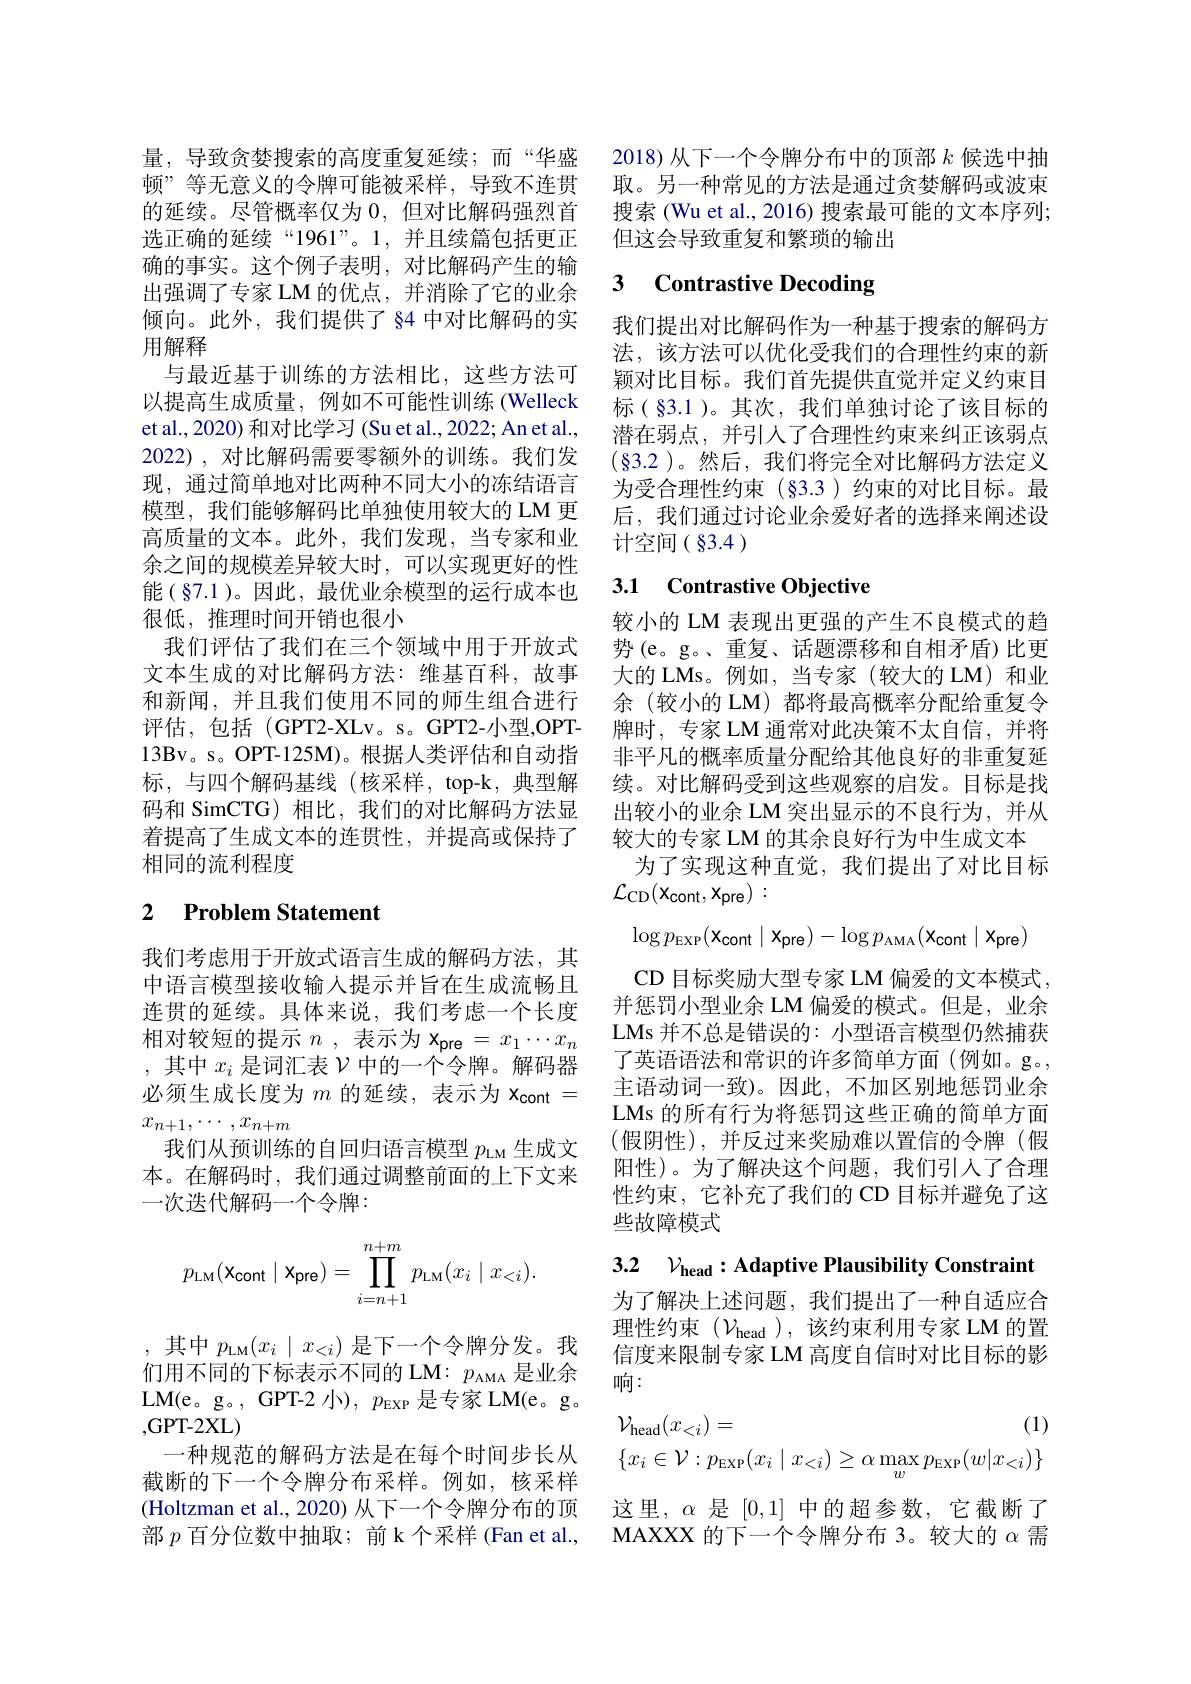
选正确的延续“1961”。1,并且续篇包括更正确的事实。这个例子表明，对比解码产生的输出强调了专家 LM 的优点，并消除了它的业余倾向。此外，我们提供了 84 中对比解码的实用解释
与最近基于训练的方法相比，这些方法可以提高生成质量，例如不可能性训练 (Welleck et al., 2020) 和对比学习 (Su et al., 2022; An et al., 2022),对比解码需要零额外的训练。我们发现，通过简单地对比两种不同大小的冻结语言模型，我们能够解码比单独使用较大的 LM 更高质量的文本。此外，我们发现，当专家和业余之间的规模差异较大时，可以实现更好的性能(§7.1)。因此，最优业余模型的运行成本也很低，推理时间开销也很小
我们评估了我们在三个领域中用于开放式文本生成的对比解码方法：维基百科，故事和新闻，并且我们使用不同的师生组合进行评估，包括(GPT2-XLv。s。GPT2-小型，OPT- 13Bv。s。OPT-125M)。根据人类评估和自动指标，与四个解码基线(核采样，top-k,典型解码和 SimCTG)相比，我们的对比解码方法显着提高了生成文本的连贯性，并提高或保持了相同的流利程度

# 2 Problem Statement

我们考虑用于开放式语言生成的解码方法，其中语言模型接收输入提示并旨在生成流畅且连贯的延续。具体来说，我们考虑一个长度相对较短的提示$n$ ,表示为$x_\mathrm{pre}=x_1\cdots x_n$ ,其中$x_i$是词汇表$\mathcal{V}$中的一个令牌。解码器必须生成长度为$m$的延续，表示为$x_\mathrm{cont}=$ $x_{n+1},\cdots,x_{n+m}$
我们从预训练的自回归语言模型$p_\mathrm{LM}$生成文本。在解码时，我们通过调整前面的上下文来一次迭代解码一个令牌：
$$p_{\text{LM}}(\mathbf{x_{cont}}\mid\mathbf{x_{pre}})=\prod_{i=n+1}^{n+m}p_{\text{LM}}(x_i\mid x_{<i}).$$
,其中$p_\mathrm{LM}(x_i\mid x_{<i})$是下一个令牌分发。我们用不同的下标表示不同的 LM: $p_\mathrm{AMA}$是业余LM(e。g。,GPT-2 小), $p_\mathrm{EXP}$是专家 LM(e。g。,GPT- 2XL)
一种规范的解码方法是在每个时间步长从截断的下一个令牌分布采样。例如，核采样(Holtzman et al., 2020) 从下一个令牌分布的顶部$p$百分位数中抽取；前 k 个采样 (Fan et al.,

量，导致贪婪搜索的高度重复延续；而“华盛 2018)从下一个令牌分布中的顶部$k$候选中抽顿”等无意义的令牌可能被采样，导致不连贯 取。另一种常见的方法是通过贪婪解码或波束的延续。尽管概率仅为0，但对比解码强烈首 搜索 (Wu et al., 2016) 搜索最可能的文本序列；
但这会导致重复和繁琐的输出

## 3 $\textbf{Contrastive Decoding}$

我们提出对比解码作为一种基于搜索的解码方法，该方法可以优化受我们的合理性约束的新颖对比目标。我们首先提供直觉并定义约束目标( §3.1 )。其次，我们单独讨论了该目标的潜在弱点，并引入了合理性约束来纠正该弱点$(§3.2)。然后，我们将完全对比解码方法定义$ 为受合理性约束(§3.3)约束的对比目标。最后，我们通过讨论业余爱好者的选择来阐述设计空间( §3.4 )

# 3.1 Contrastive Objective

较小的 LM 表现出更强的产生不良模式的趋势(e。g。、重复、话题漂移和自相矛盾)比更大的 LMs。例如，当专家(较大的 LM)和业余 (较小的 LM) 都将最高概率分配给重复令牌时，专家 LM 通常对此决策不太自信，并将非平凡的概率质量分配给其他良好的非重复延续。对比解码受到这些观察的启发。目标是找出较小的业余 LM 突出显示的不良行为，并从较大的专家 LM 的其余良好行为中生成文本
为了实现这种直觉，我们提出了对比目标
$\mathcal{L}_{\mathrm{CD}}(\mathbf{x}_{\mathrm{cont}},\mathbf{x}_{\mathrm{pre}}):$
$$\log p_{\mathrm{EXP}}(\mathbf{x_{cont}}\mid\mathbf{x_{pre}})-\log p_{\mathrm{AMA}}(\mathbf{x_{cont}}\mid\mathbf{x_{pre}})$$
CD 目标奖励大型专家 LM 偏爱的文本模式， 并惩罚小型业余 LM 偏爱的模式。但是，业余LMs 并不总是错误的：小型语言模型仍然捕获了英语语法和常识的许多简单方面(例如。g。, 主语动词一致)。因此，不加区别地惩罚业余LMs 的所有行为将惩罚这些正确的简单方面(假阴性),并反过来奖励难以置信的令牌(假阳性)。为了解决这个问题，我们引人了合理性约束，它补充了我们的 CD 目标并避免了这些故障模式

3.2 $\mathcal{V} _{\mathrm{head}}:$Adaptive Plausibility Constraint

为了解决上述问题，我们提出了一种自适应合理性约束($\mathcal{V}_\mathrm{head}$),该约束利用专家 LM 的置信度来限制专家 LM 高度自信时对比目标的影响：
$$\begin{aligned}&\mathcal{V}_{\mathrm{head}}(x_{<i})=&(1)\\&\{x_{i}\in\mathcal{V}:p_{\mathrm{EXP}}(x_{i}\mid x_{<i})\geq\alpha\max_{w}p_{\mathrm{EXP}}(w|x_{<i})\}\end{aligned}$$
这里，$\alpha$是[0,1]中的超参数，它截断了MAXXX 的下一个令牌分布 3。较大的$\alpha$需